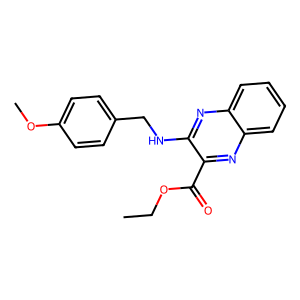
SMILES: CCOC(=O)c1nc2ccccc2nc1NCc1ccc(OC)cc1
Inhibits HIV replication: No